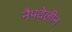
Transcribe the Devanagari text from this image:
नैपथेलीन